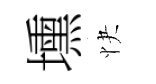
壎快